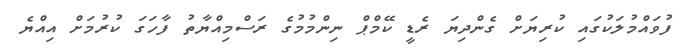
ފުވައްމުލަކުގައި ކުރިޔަށް ގެންދިޔަ ރެޑީ ކޭމްޕް ނިންމުމުގެ ރަސްމިއްޔާތު ފާހަގަ ކުރުމަށް އިއްޔެ